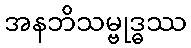
အနဘိသမ္ဗုဒ္ဓဿ